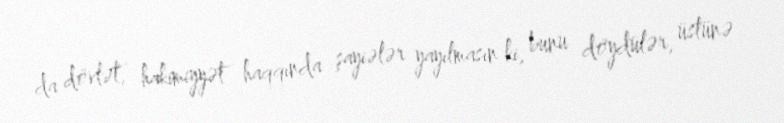
da dövlət, hakimiyyət haqqında şayiələr yayılmasın ki, bunu döydülər, üstünə